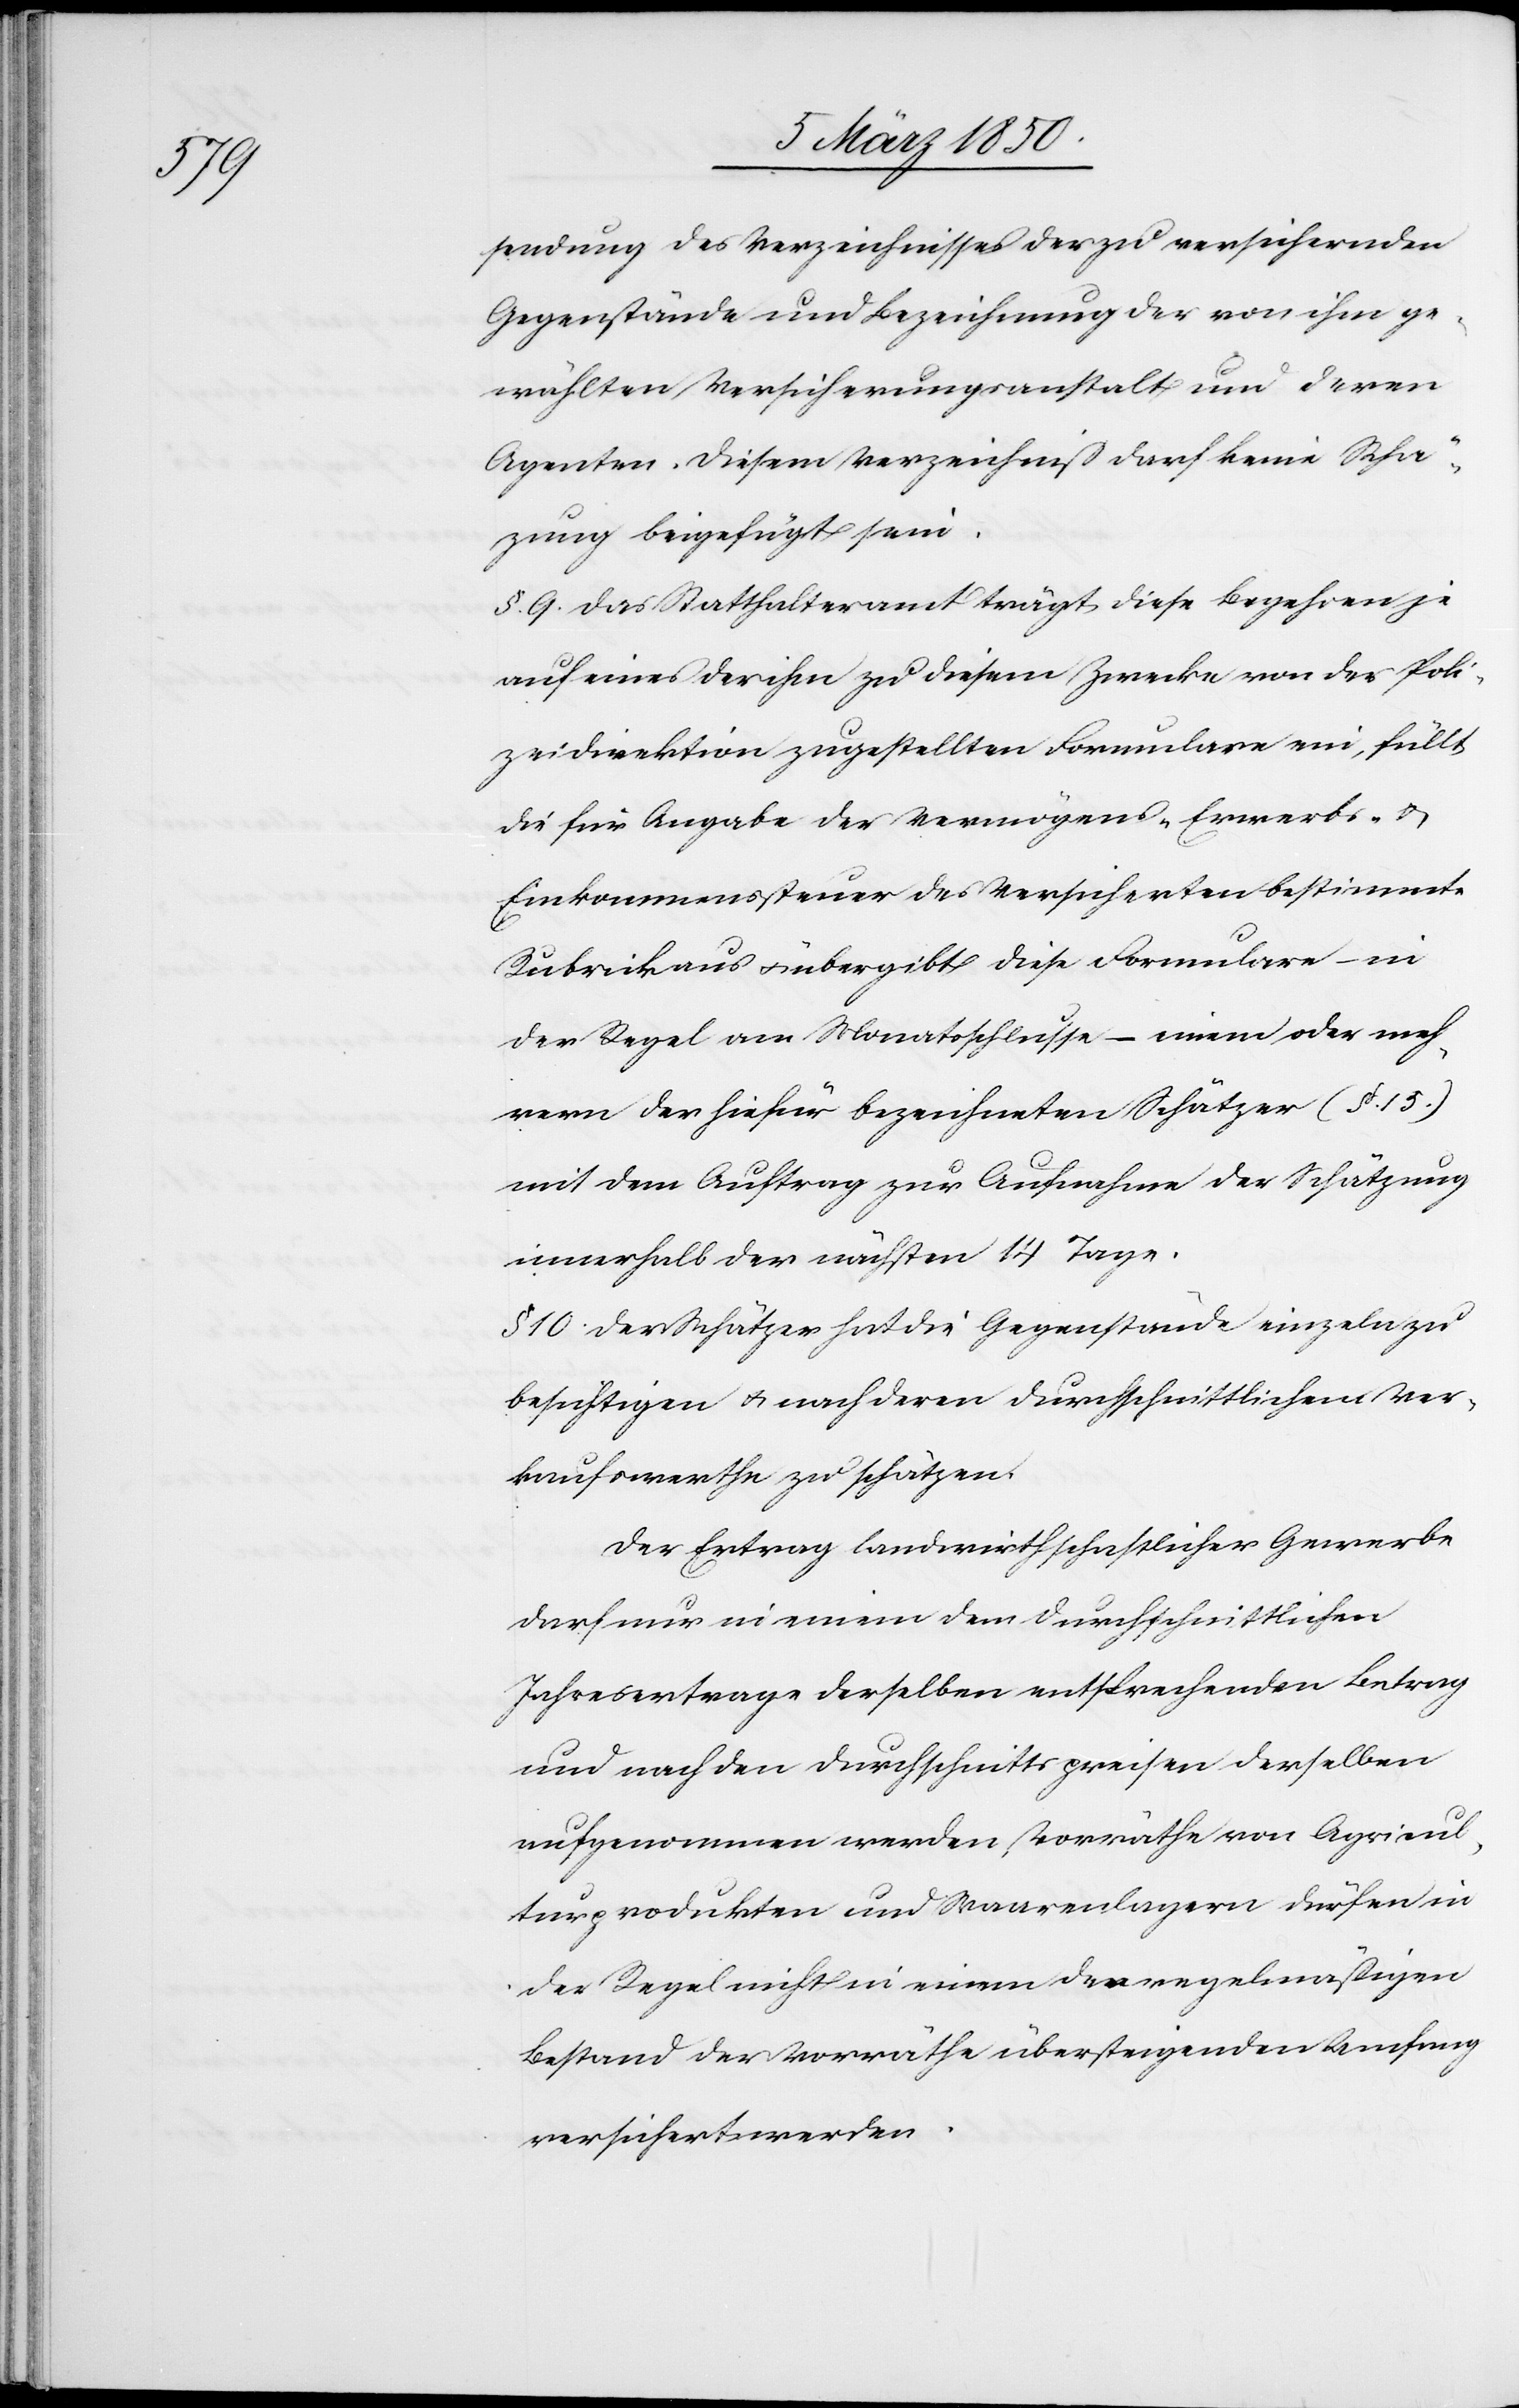
sendung des Verzeichnisses der zu versichernden
Gegenstände und Bezeichnung der von ihm ge¬
wählten Versicherungsanstalt und deren
Agenten. Diesem Verzeichniß darf keine Schä¬
zung beigefügt sein.
§. 9. Das Statthalteramt trägt diese Begehren je
auf eines der ihm zu diesem Zwecke von der Poli¬
zeidirektion zugestellten Formulare ein, füllt
die für Angabe der Vermögens- Erwerbs- u.
Einkommenssteuer des Versicherten bestimmte
Rubrik aus u. übergibt diese Formulare – in
der Regel am Monatsschlusse – einem oder meh¬
rern der hiefür bezeichneten Schätzer (§. 15.)
mit dem Auftrag zur Aufnahme der Schätzung
innerhalb der nächsten 14 Tage.
§. 10. Der Schätzer hat die Gegenstände einzeln zu
besichtigen u. nach deren durchschnittlichem Ver¬
kaufswerthe zu schätzen.
Der Ertrag landwirthschaftlicher Gewerbe
darf nur in einem dem durchschnittlichen
Jahresertrage derselben entsprechenden Betrag
und nach den Durchschnittspreisen derselben
aufgenommen werden, Vorräthe von Agricul¬
turprodukten und Waarenlagern dürfen in
der Regel nicht in einem der regelmäßigen
Bestand der Vorräthe übersteigenden Umfang
versichert werde.